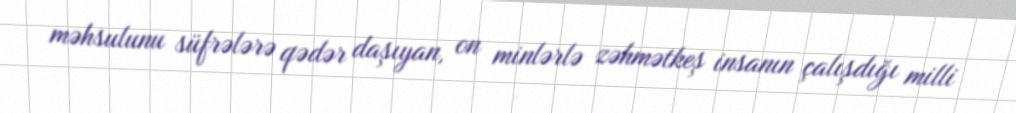
məhsulunu süfrələrə qədər daşıyan, on minlərlə zəhmətkeş insanın çalışdığı milli